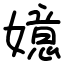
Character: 嬑